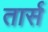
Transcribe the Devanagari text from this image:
तार्स